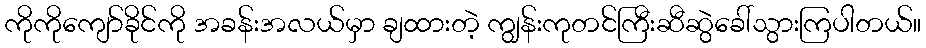
ကိုကိုကျော်ခိုင်ကို အခန်းအလယ်မှာ ချထားတဲ့ ကျွန်းကုတင်ကြီးဆီဆွဲခေါ်သွားကြပါတယ်။